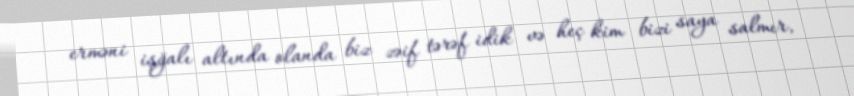
erməni işğalı altında olanda biz zəif tərəf idik və heç kim bizi saya salmır,